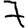
Digit: 7